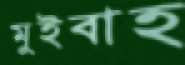
মুইবাহ